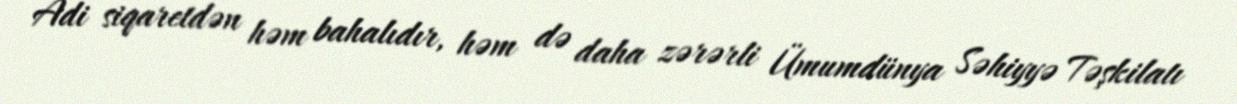
Adi siqaretdən həm bahalıdır, həm də daha zərərli Ümumdünya Səhiyyə Təşkilatı